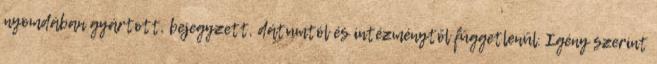
nyomdában gyártott, bejegyzett, dátumtól és intézménytől függetlenül. Igény szerint